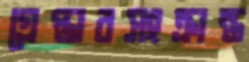
গ্রেপ্তারসংক্রান্ত